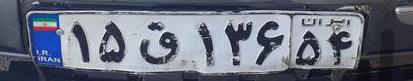
۱۵ق۱۳۶۵۴